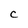
Character: C